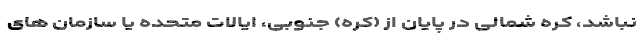
نباشد، کره شمالی در پایان از (کره) جنوبی، ایالات متحده یا سازمان های